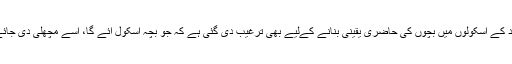
اردگرد کے اسکولوں میں بچوں کی حاضری یقینی بنانے کےلیے بھی ترغیب دی گئی ہے کہ جو بچہ اسکول آئے گا، اسے مچھلی دی جائے گی۔